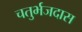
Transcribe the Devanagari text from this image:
चतुर्भजदास